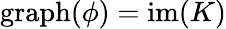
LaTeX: \mathrm{graph}(\phi)=\mathrm{im}(K)